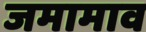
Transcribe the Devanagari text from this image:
जमामाव